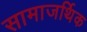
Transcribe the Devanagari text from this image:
सामाजर्थिक